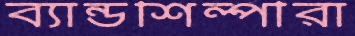
ব্যান্ডশিল্পীরা